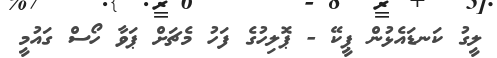
ލީގު ކަނޑައެޅުން ޕީކޭ - ޕޮލިހުގެ ފަހު މެޗަށް ޕަވާ ހޯސް ގައުމީ